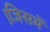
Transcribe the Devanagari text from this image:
।जिसमें